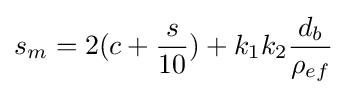
s_{m}=2(c+{\frac {s}{10}})+k_{1}k_{2}{\frac {d_{b}}{\rho _{ef}}}